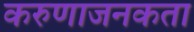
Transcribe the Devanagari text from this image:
करुणाजनकता